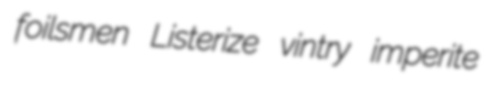
foilsmen Listerize vintry imperite